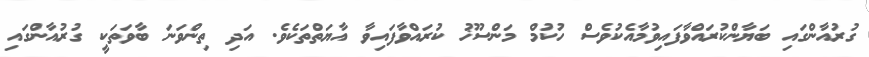
ގުރުއާންގައި ބަޔާންކުރައްވާފައިވުމާއެކުވެސް ހުކުމް މަންސޫޚު ކުރައްވާފައިވާ އާޔަތްތަކެވެ. އަދި ތިންވަނަ ބާވަތަކީ ގުރުއާންގައި